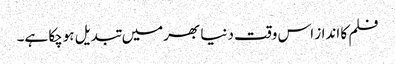
فلم کا انداز اس وقت دنیا بھرمیں تبدیل ہوچکا ہے۔